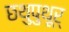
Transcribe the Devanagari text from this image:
छथुपुथूर्